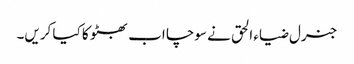
جنرل ضیاء الحق نے سوچا اب بھٹو کا کیا کریں۔